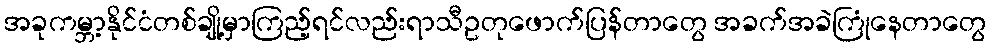
အခုကမ္ဘာ့နိုင်ငံတစ်ချို့မှာကြည့်ရင်လည်းရာသီဥတုဖောက်ပြန်တာတွေ အခက်အခဲကြုံနေတာတွေ